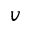
v